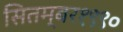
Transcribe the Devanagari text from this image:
सितम्बर१९९०